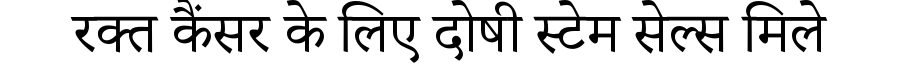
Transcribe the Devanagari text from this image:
रक्त कैंसर के लिए दोषी स्टेम सेल्स मिले